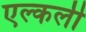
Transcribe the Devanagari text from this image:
एल्कली